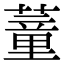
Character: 蕫